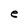
Character: e